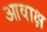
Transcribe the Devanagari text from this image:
आवाक्ष